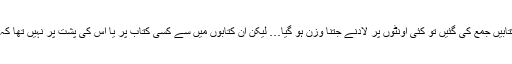
آپ کی وفات کے وقت اپ کی کتابیں جمع کی گئیں تو کئی اُونٹوں پر لادنے جتنا وزن ہو گیا… لیکن ان کتابوں میں سے کسی کتاب پر یا اس کی پشت پر نہیں تھا کہ فلاں شیخ نے انہیں بیان کیا ہے۔